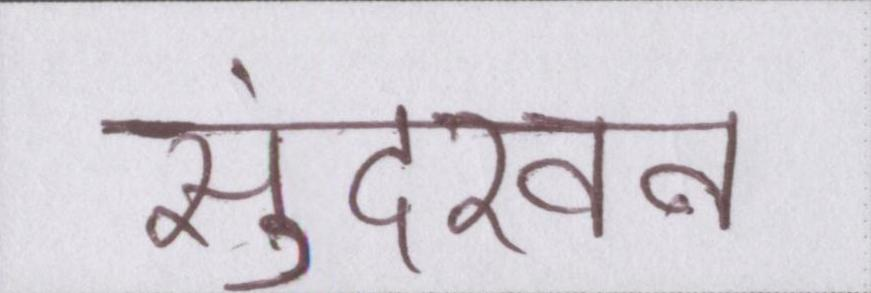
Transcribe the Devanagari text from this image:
सुंदरवन